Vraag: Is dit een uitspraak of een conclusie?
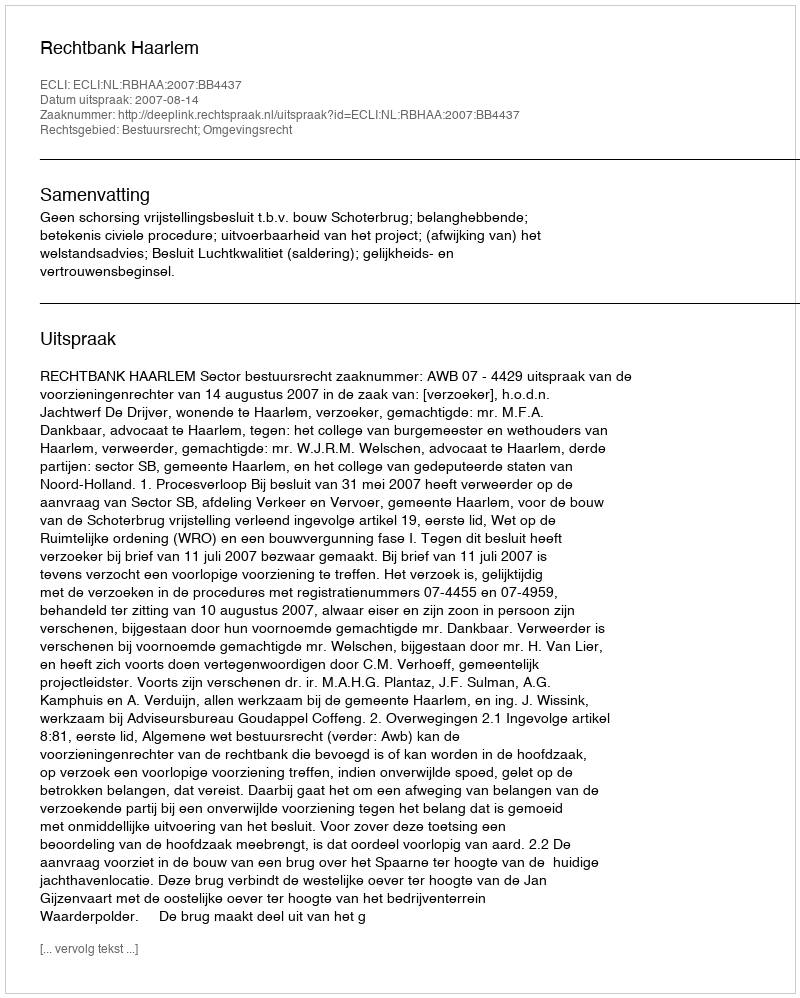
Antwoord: Uitspraak